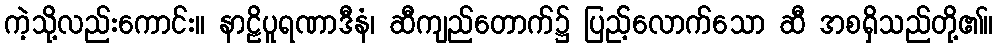
ကဲ့သို့လည်းကောင်း။ နာဠိပူရဏာဒီနံ၊ ဆီကျည်တောက်၌ ပြည့်လောက်သော ဆီ အစရှိသည်တို့၏။